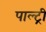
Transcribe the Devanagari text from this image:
पाल्ट्री